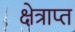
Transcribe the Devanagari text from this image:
क्षेत्राप्त